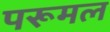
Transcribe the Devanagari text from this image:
परूमल